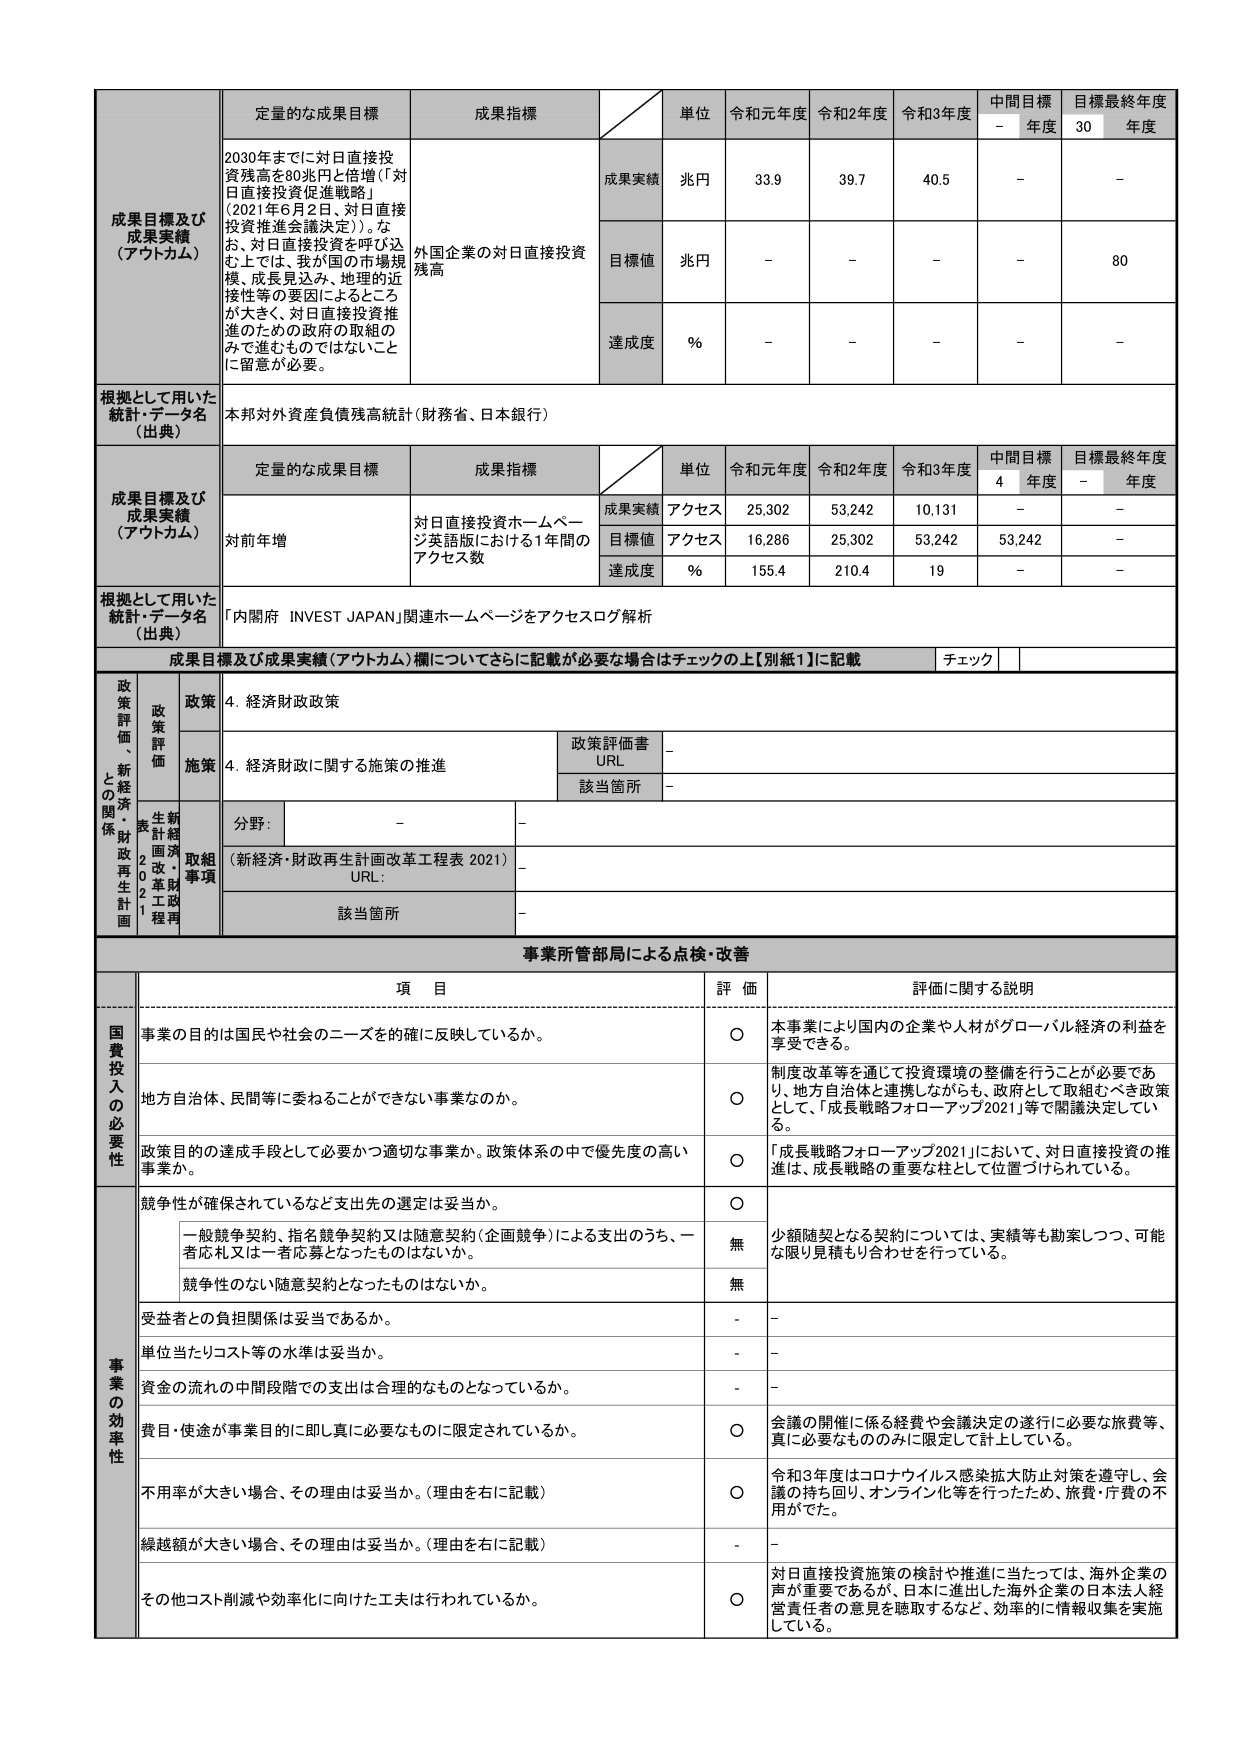
成果目標及び
成果実績
（アウトカム）
定量的な成果目標
成果指標
単位
令和元年度
令和2年度
令和3年度
中間目標
－ 年度
目標最終年度
30 年度
2030年までに対日直接投資残高を80兆円と倍増（「対日直接投資促進戦略」（2021年6月2日、対日直接投資推進会議決定））。なお、対日直接投資を呼び込む上では、我が国の市場規模、成長見込み、地理的近接性等の要因によるところが大きく、対日直接投資推進のための政府の取組のみで進むものではないことに留意が必要。
外国企業の対日直接投資残高
成果実績
兆円
33.9
39.7
40.5
－
－
目標値
兆円
－
－
－
－
80
達成度
％
－
－
－
－
－
根拠として用いた
統計・データ名
（出典）
本邦対外資産負債残高統計（財務省、日本銀行）
成果目標及び
成果実績
（アウトカム）
定量的な成果目標
成果指標
単位
令和元年度
令和2年度
令和3年度
中間目標
4 年度
目標最終年度
－ 年度
対前年増
対日直接投資ホームページ英語版における1年間のアクセス数
成果実績
アクセス
25,302
53,242
10,131
－
－
目標値
アクセス
16,286
25,302
53,242
53,242
－
達成度
％
155.4
210.4
19
－
－
根拠として用いた
統計・データ名
（出典）
「内閣府 INVEST JAPAN」関連ホームページをアクセスログ解析
成果目標及び成果実績（アウトカム）欄についてさらに記載が必要な場合はチェックの上【別紙1】に記載
チェック
政策評価、新経済・財政再生計画との関係
政策
4. 経済財政政策
政策評価
政策評価書
URL
－
施策
4. 経済財政に関する施策の推進
該当箇所
－
新経済・財政再生計画2021
取組事項
分野：
－
－
（新経済・財政再生計画改革工程表 2021）
URL：
－
該当箇所
－
事業所管部局による点検・改善
項 目
評 価
評価に関する説明
国費投入の必要性
事業の目的は国民や社会のニーズを的確に反映しているか。
○
本事業により国内の企業や人材がグローバル経済の利益を享受できる。
地方自治体、民間等に委ねることができない事業なのか。
○
制度改革等を通じて投資環境の整備を行うことが必要であり、地方自治体と連携しながらも、政府として取組むべき政策として、「成長戦略フォローアップ2021」等で閣議決定している。
政策目的の達成手段として必要かつ適切な事業か。政策体系の中で優先度の高い事業か。
○
「成長戦略フォローアップ2021」において、対日直接投資の推進は、成長戦略の重要な柱として位置づけられている。
事業の効率性
競争性が確保されているなど支出先の選定は妥当か。
○
一般競争契約、指名競争契約又は随意契約（企画競争）による支出のうち、一者応札又は一者応募となったものはないか。
無
少額随契となる契約については、実績等も勘案しつつ、可能な限り見積もり合わせを行っている。
競争性のない随意契約となったものはないか。
無
受益者との負担関係は妥当であるか。
－
－
単位当たりコスト等の水準は妥当か。
－
－
資金の流れの中間段階での支出は合理的なものとなっているか。
－
－
費目・使途が事業目的に即し真に必要なものに限定されているか。
○
会議の開催に係る経費や会議決定の遂行に必要な旅費等、真に必要なもののみに限定して計上している。
不用率が大きい場合、その理由は妥当か。（理由を右に記載）
○
令和3年度はコロナウイルス感染拡大防止対策を遵守し、会議の持ち回り、オンライン化等を行ったため、旅費・庁費の不用がでた。
繰越額が大きい場合、その理由は妥当か。（理由を右に記載）
－
－
その他コスト削減や効率化に向けた工夫は行われているか。
○
対日直接投資施策の検討や推進に当たっては、海外企業の声が重要であるが、日本に進出した海外企業の日本法人経営責任者の意見を聴取するなど、効率的に情報収集を実施している。